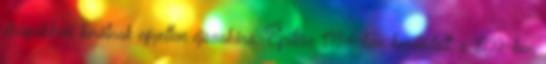
drágábban kínálnak egyetlen éjszakára. Építése 1994-ben kezdődött, s 1999-ben